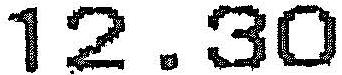
12.30